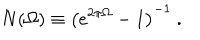
N ( \Omega ) \equiv \left( e ^ { 2 \pi \Omega } - 1 \right) ^ { - 1 } \ .